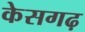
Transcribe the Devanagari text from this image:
केसगढ़